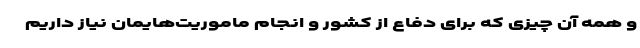
و همه آن چیزی که برای دفاع از کشور و انجام ماموریت‌هایمان نیاز داریم